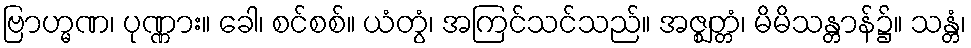
ဗြာဟ္မဏ၊ ပုဏ္ဏား။ ခေါ၊ စင်စစ်။ ယံတွံ၊ အကြင်သင်သည်။ အဇ္ဈတ္တံ၊ မိမိသန္တာန်၌။ သန္တံ၊